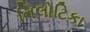
નિલોટિકા